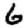
Digit: 6